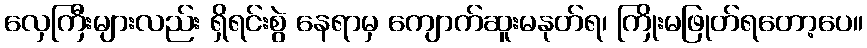
လှေကြီးများလည်း ရှိရင်းစွဲ နေရာမှ ကျောက်ဆူးမနုတ်ရ၊ ကြိုးမဖြုတ်ရတော့ပေ။